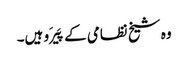
وہ شیخ نظامی کے پَیرَو ہیں۔